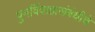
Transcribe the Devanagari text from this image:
पुनर्विवाहासंबंधीचे